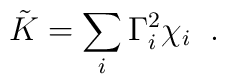
\tilde{K} = \sum_i \Gamma_i^2 \chi_i \;\; .